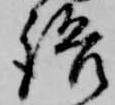
語